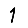
Digit: 1